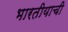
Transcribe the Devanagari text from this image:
भारतीयाची